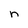
Character: n